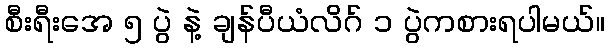
စီးရီးအေ ၅ ပွဲ နဲ့ ချန်ပီယံလိဂ် ၁ ပွဲကစားရပါမယ်။